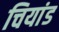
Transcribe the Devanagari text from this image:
चियांड